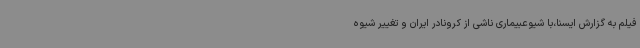
فیلم به گزارش ایسنا،با شیوعبیماری ناشی از کرونادر ایران و تغییر شیوه